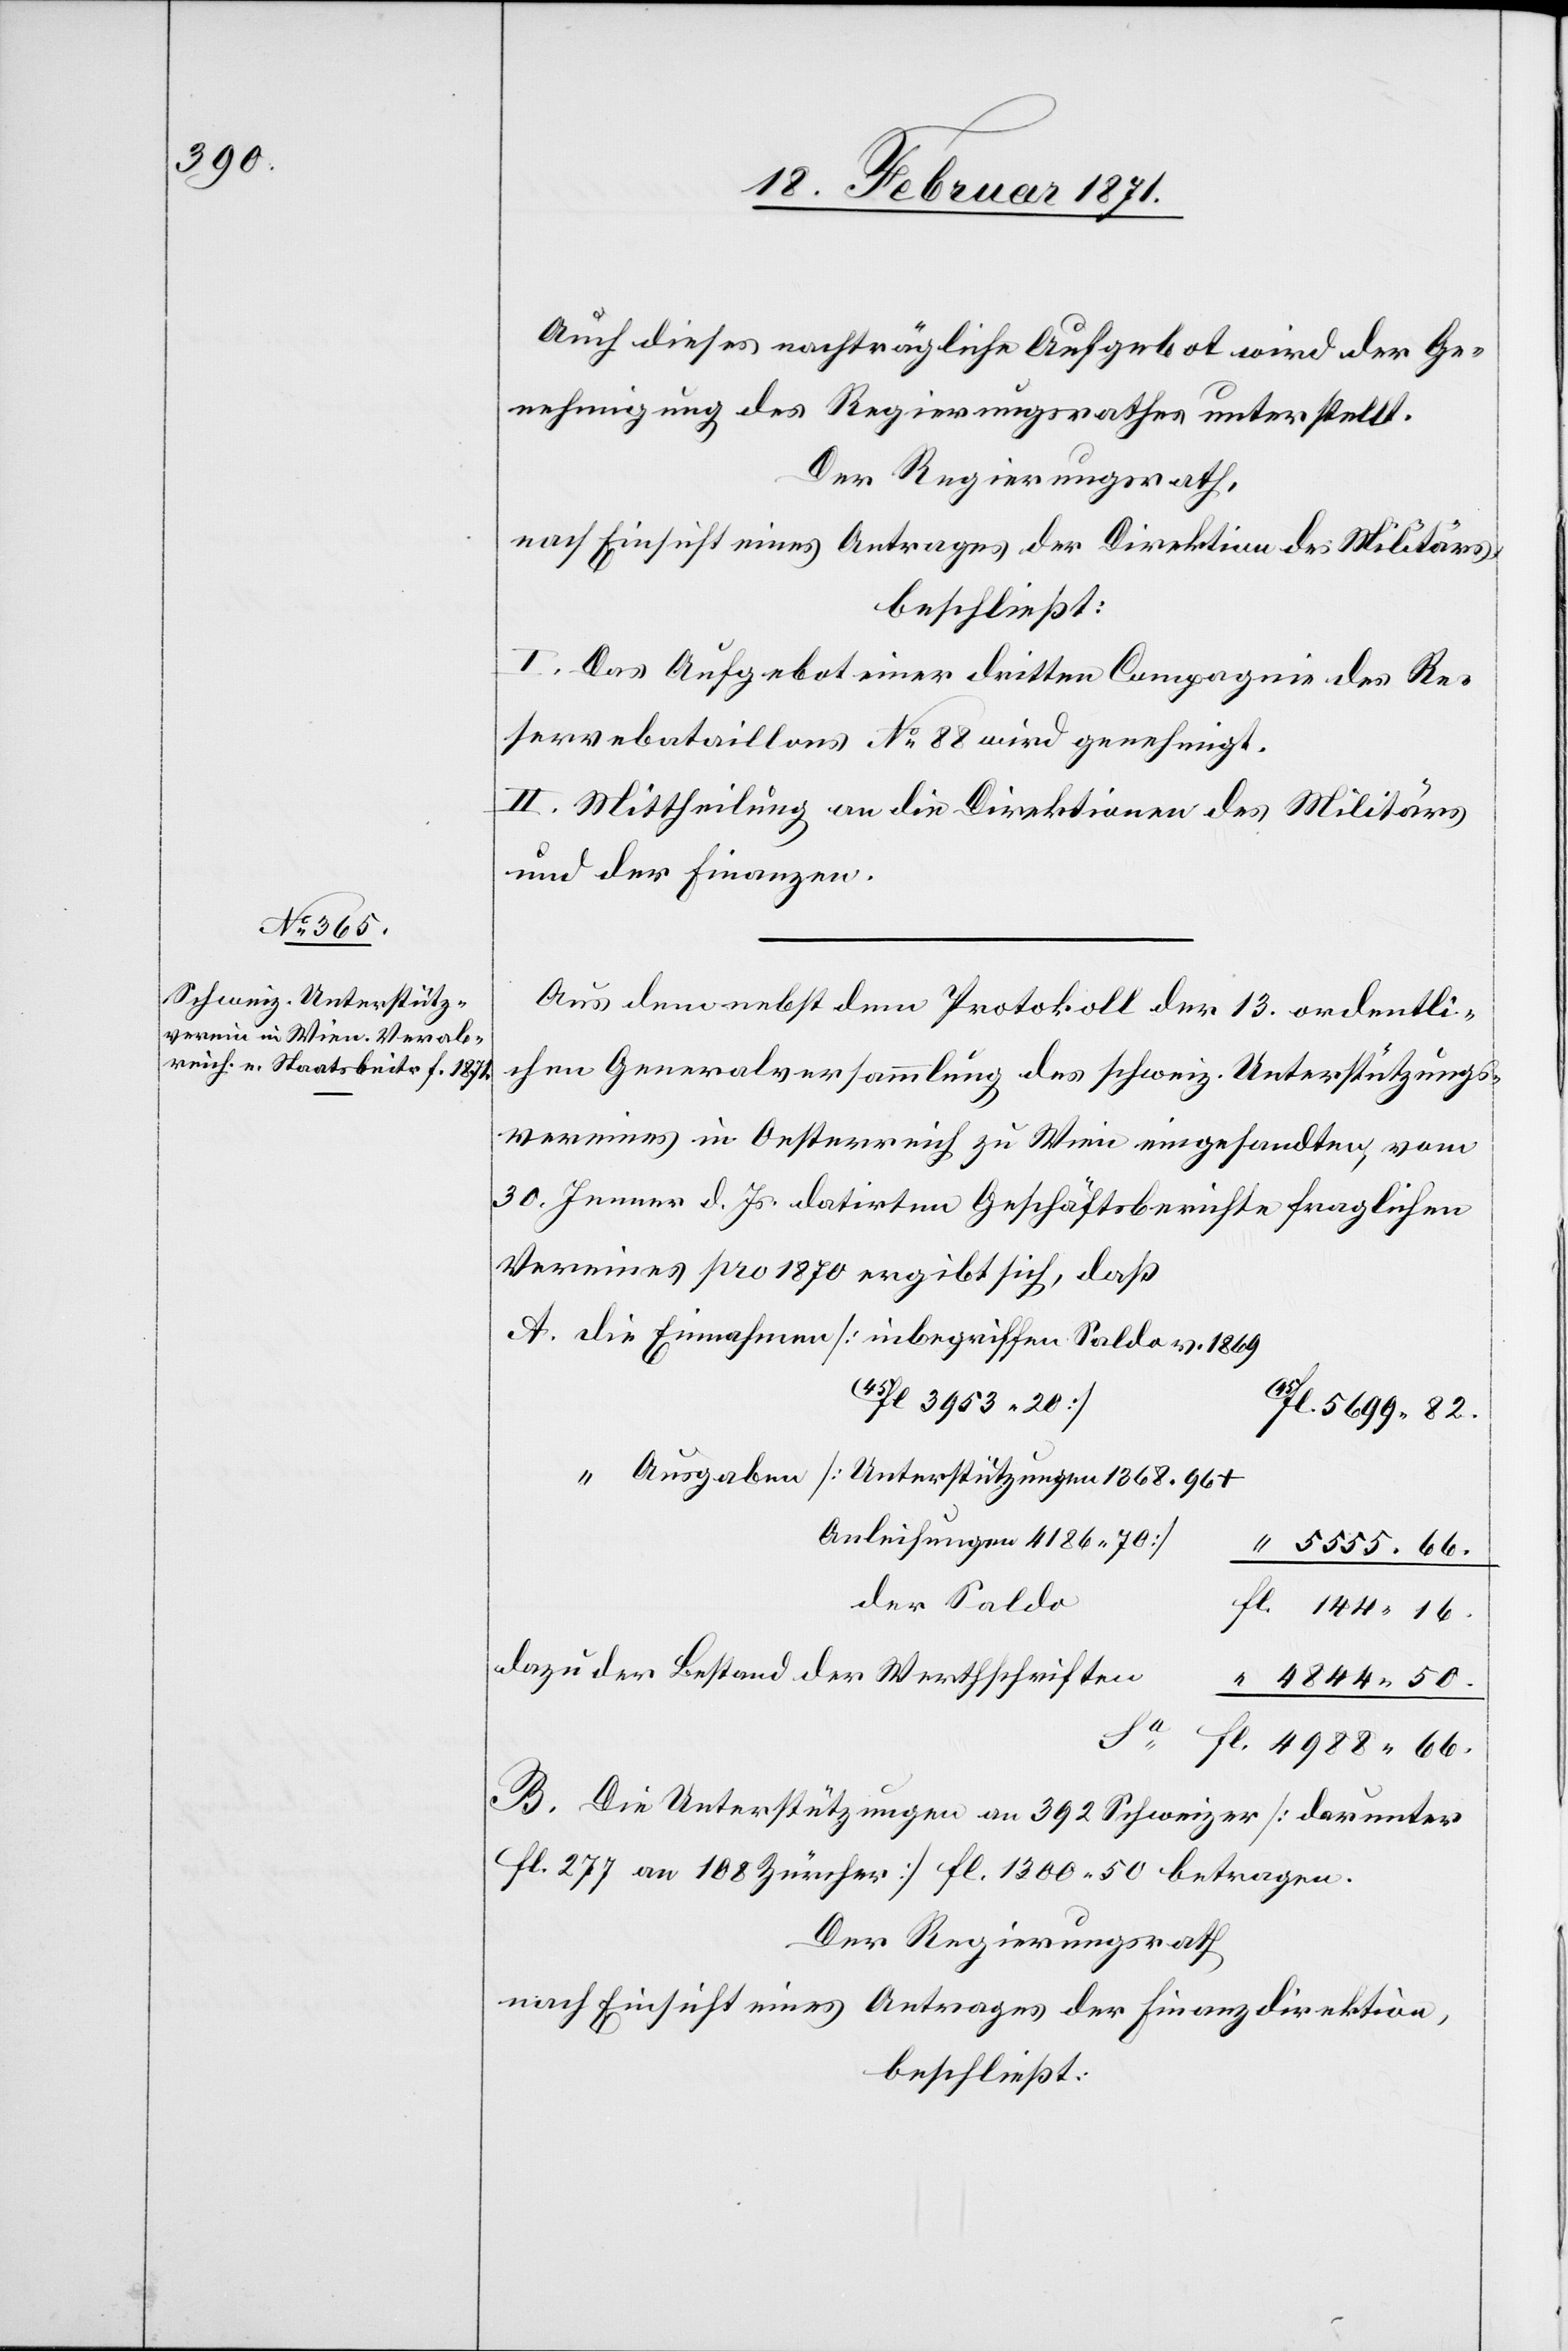
Auch dieses nachträgliche Aufgebot wird der Ge¬
nehmigung des Regierungsrathes unterstellt.
Der Regierungsrath,
nach Einsicht eines Antrages der Direktion des Militärs,
beschließt:
I. Das Aufgebot einer dritten Compagnie des Re¬
servebataillons No. 88 wird genehmigt.
II. Mittheilung an die Direktion des Militärs
und der Finanzen.
Aus den nebst dem Protokoll der 13. ordentli¬
chen Generalversammlung des schweiz. Unterstützungs¬
vereins in Oesterreich zu Wien eingesandten, vom
30. Jenner d. Js. datirten Geschäftsberichte fraglichen
Vereines pro 1870 ergibt sich, daß
A. die Einnahmen [inbegriffen Saldo v. 1869
45fl 3953.20]
“ Ausgaben [Unterstützungen 1368.96 +
Auslieferungen 4186.70]
5555.66.
der Saldo
144.16.
dazu der Bestand der Werthschriften
4844.50.
Sa.
B. Die Unterstützungen an 392 Schweizer [darunter
fl. 277 an 108 Zürcher] fl. 1200.50 betragen.
Der Regierungsrath
nach Einsicht eines Antrages der Finanzdirektion,
beschließt: